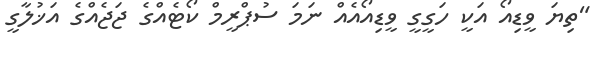
"ތިޔަ ވީޑިއޯ އަކީ ހަގީގީ ވީޑިއޯއެއް ނަމަ ސުޕްރީމް ކޯޓެއްގެ ޖަޖެއްގެ އަޚުލާގީ